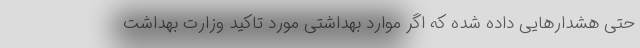
حتی هشدارهایی داده شده که اگر موارد بهداشتی مورد تاکید وزارت بهداشت